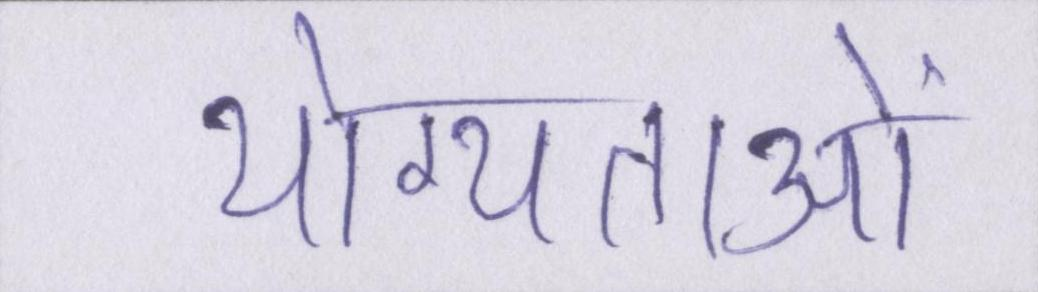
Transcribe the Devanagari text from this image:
योग्यताओं